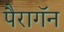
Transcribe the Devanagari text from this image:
पैरागॅन